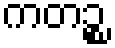
ကတဉ္စ